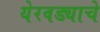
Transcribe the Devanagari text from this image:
येरवड्याचे